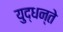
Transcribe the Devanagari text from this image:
युद्धन्ते